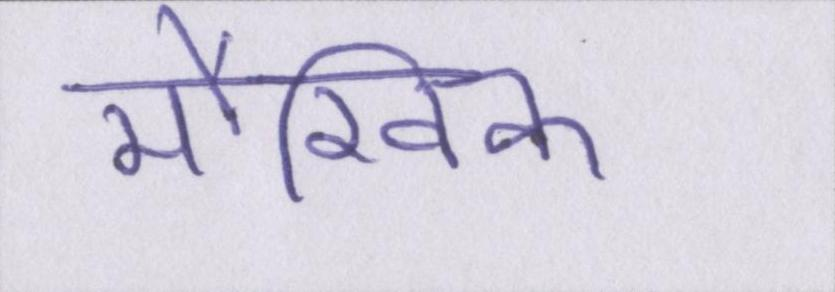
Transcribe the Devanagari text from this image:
मौखिक